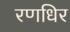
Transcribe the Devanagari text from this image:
रणधिर